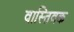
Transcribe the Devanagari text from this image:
वास्‍तिवक